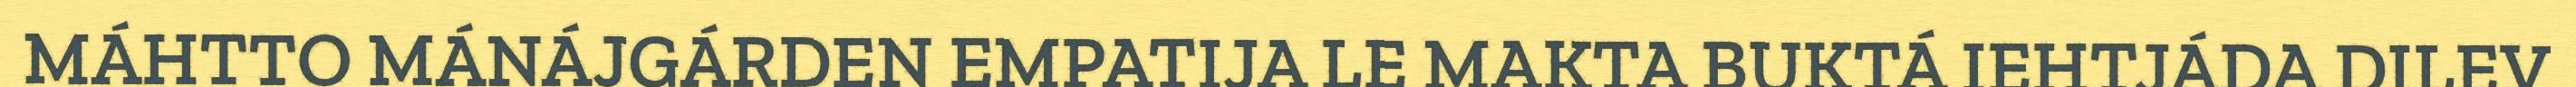
MÁHTTO MÁNÁJGÁRDEN EMPATIJA LE MAKTA BUKTÁ IEHTJÁDA DILEV